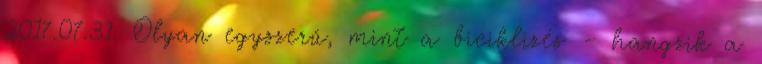
2017.07.31. Olyan egyszerű, mint a biciklizés – hangzik a